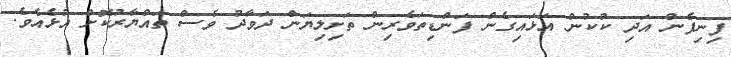
ފިނިފެން އަދި ކުކުން އަޅައިގެން ފަންޑިތަވެރިން ތަށިލިޔަން ދަވާދު ވެސް ތައްޔާރުކޮށް އުޅެއެވެ.